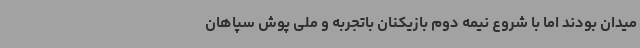
میدان بودند اما با شروع نیمه دوم بازیکنان باتجربه و ملی پوش سپاهان